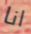
انا